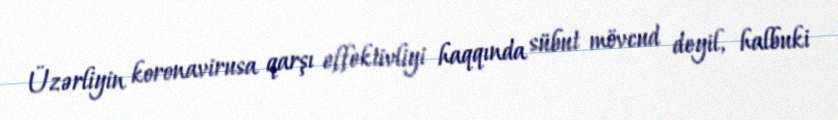
Üzərliyin koronavirusa qarşı effektivliyi haqqında sübut mövcud deyil, halbuki